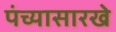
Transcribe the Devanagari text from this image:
पंच्यासारखे